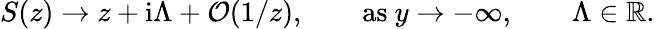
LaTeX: S(z)\rightarrow z+\mathrm{i}\Lambda+{\cal O}(1/z),\qquad\mathrm{as}~y\rightarrow-\infty,\qquad\Lambda\in\mathbb{R}.